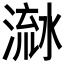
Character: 𣹭